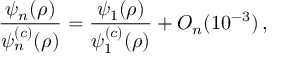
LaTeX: \frac { \psi _ { n } ( \rho ) } { \psi _ { n } ^ { ( c ) } ( \rho ) } = \frac { \psi _ { 1 } ( \rho ) } { \psi _ { 1 } ^ { ( c ) } ( \rho ) } + O _ { n } ( 1 0 ^ { - 3 } ) \, ,